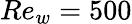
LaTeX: Re_{w}=500